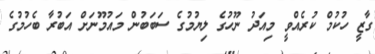
ގާޒީ ހުކުމް ކުރެއްވީ މިއަދު ނޫހުގެ ލިޔުމުގެ ސަބަބުން މައުމޫނަށް އަބުރާ ބެހުމުގެ